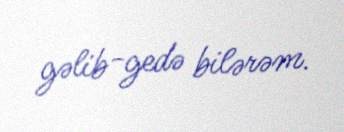
gəlib-gedə bilərəm.